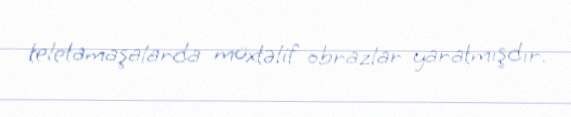
teletamaşalarda müxtəlif obrazlar yaratmışdır.